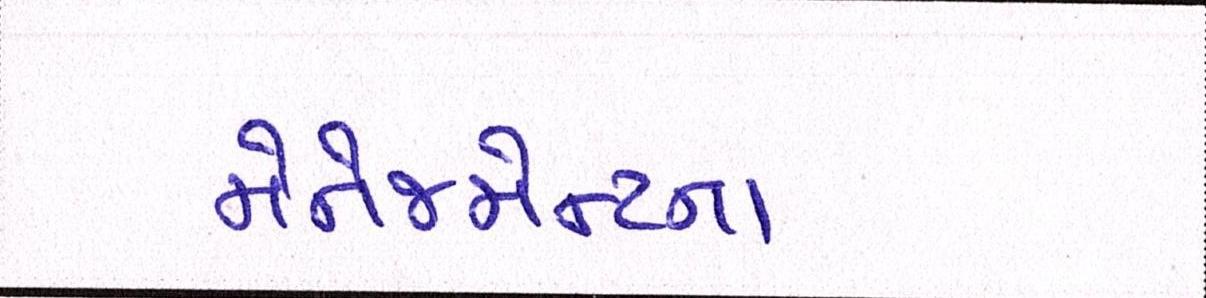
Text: મેનેજમેન્ટના